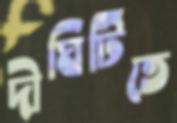
দীঘিটিতে